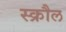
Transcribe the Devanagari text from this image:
स्क्रौल